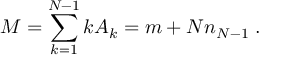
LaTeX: M = \sum _ { k = 1 } ^ { N - 1 } k A _ { k } = m + N n _ { N - 1 } \; .